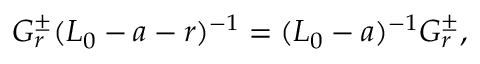
G _ { r } ^ { \pm } ( L _ { 0 } - a - r ) ^ { - 1 } = ( L _ { 0 } - a ) ^ { - 1 } G _ { r } ^ { \pm } ,